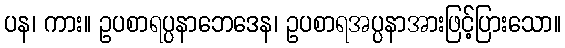
ပန၊ ကား။ ဥပစာရပ္ပနာဘေဒေန၊ ဥပစာရအပ္ပနာအားဖြင့်ပြားသော။